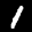
Label: 1